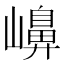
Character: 𡽶